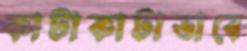
কাটাকাটাভাবে